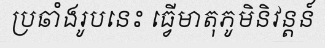
ប្រឆាំងរូបនេះ ធ្វើមាតុភូមិនិវន្តន៍